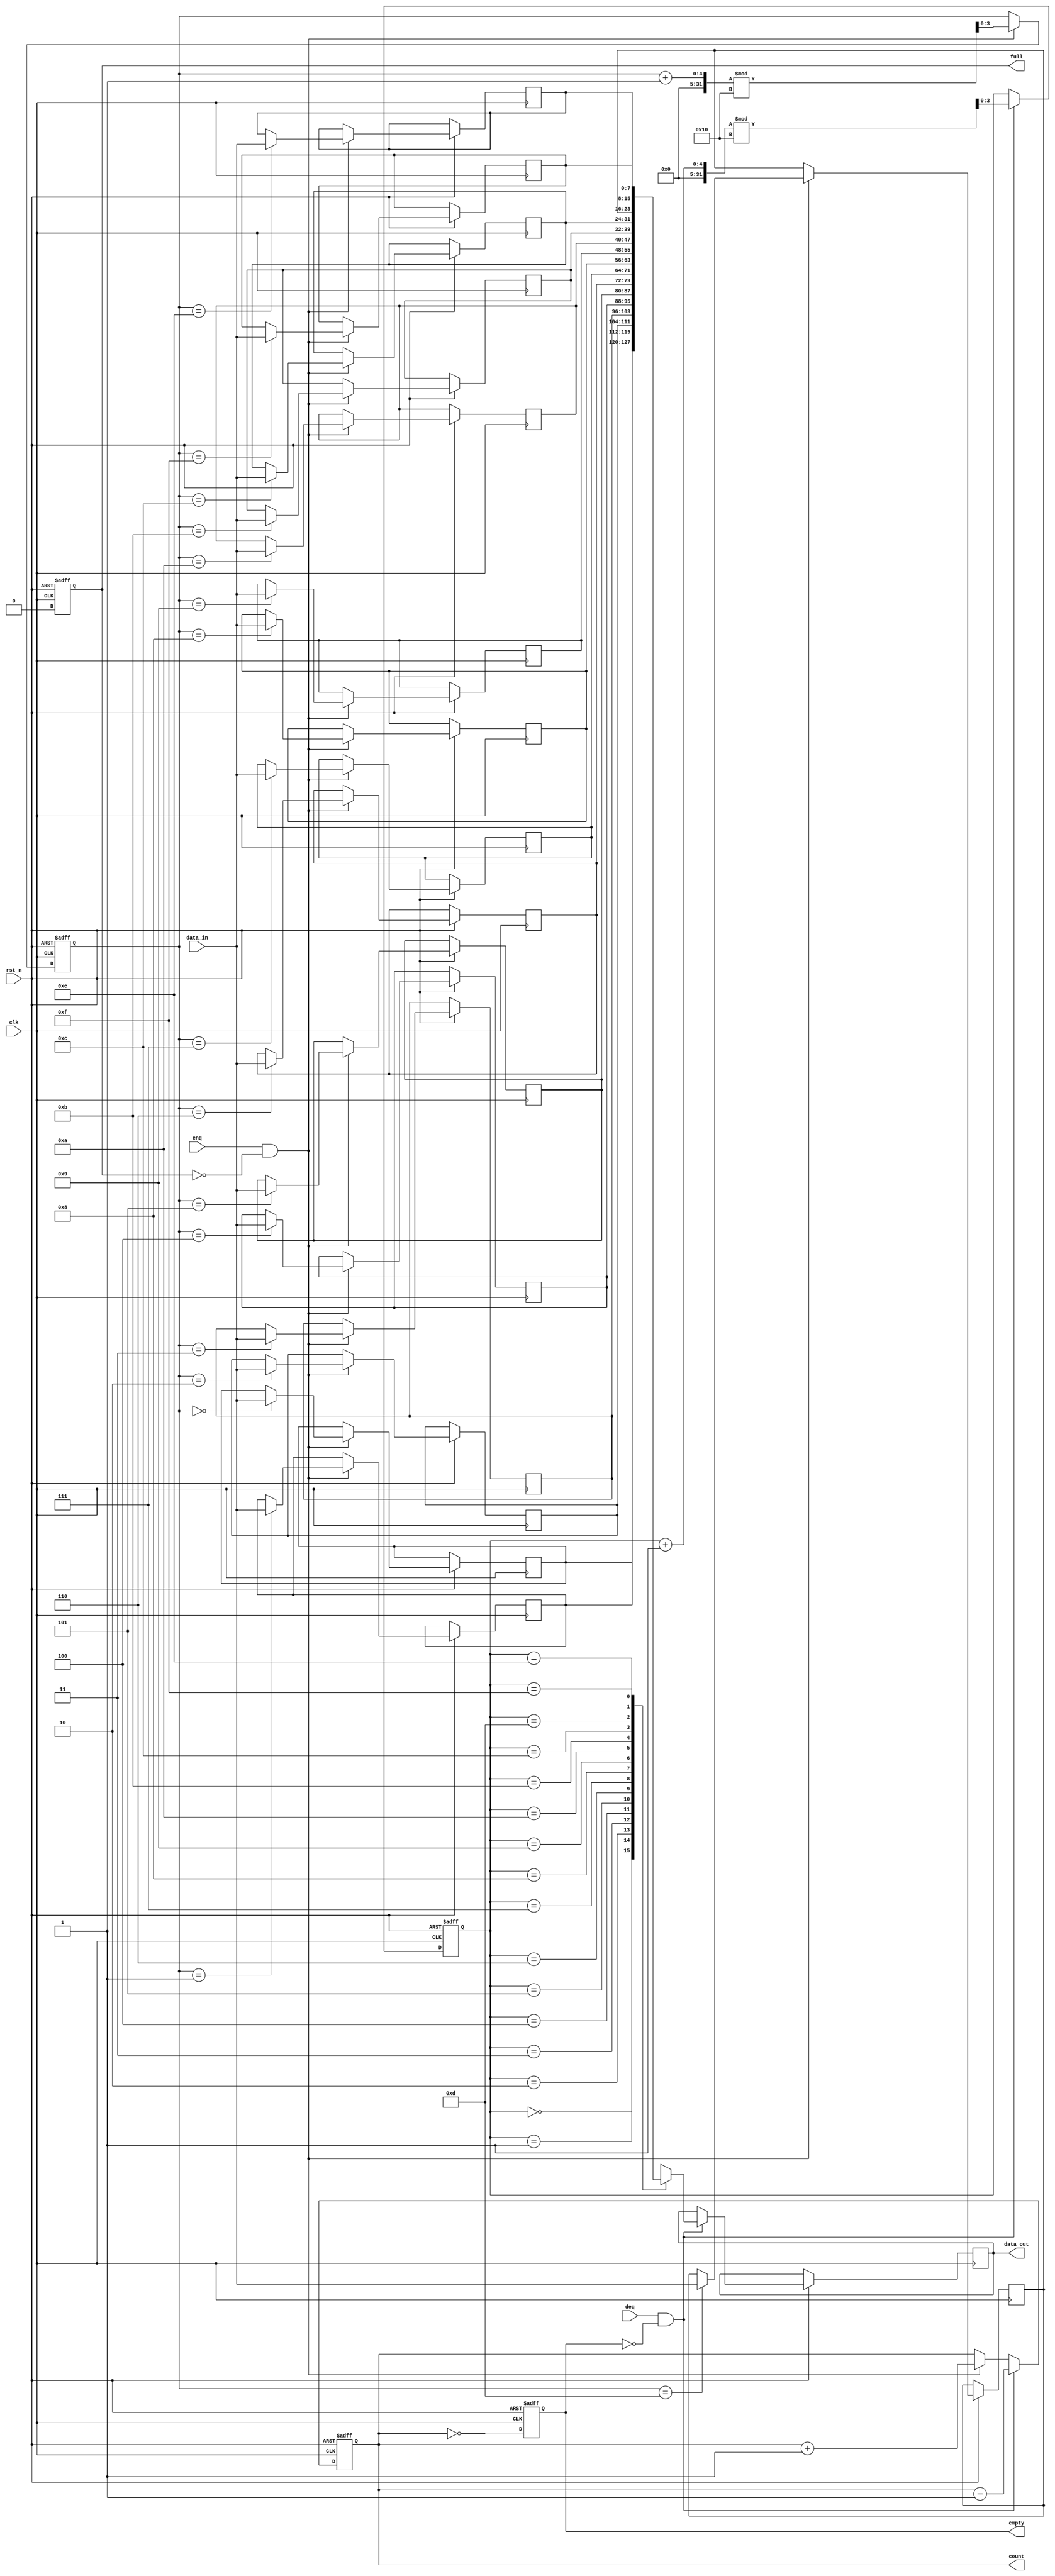
module parameterized_fifo #(
    parameter DATA_WIDTH = 8,      // Width of each data entry
    parameter FIFO_DEPTH = 16       // Total number of entries in the FIFO
) (
    input wire clk,                 // Clock signal
    input wire rst_n,               // Asynchronous reset (active low)
    input wire [DATA_WIDTH-1:0] data_in, // Data input for enqueue
    input wire enq,                 // Enqueue control signal
    input wire deq,                 // Dequeue control signal
    output reg [DATA_WIDTH-1:0] data_out, // Data output for dequeue
    output reg full,                // FIFO full indicator
    output reg empty,               // FIFO empty indicator
    output reg [ADDR_WIDTH-1:0] count // Current number of items in the FIFO
);

    localparam ADDR_WIDTH = $clog2(FIFO_DEPTH); // Address width calculation

    // Memory array to store FIFO data
    reg [DATA_WIDTH-1:0] fifo_mem [0:FIFO_DEPTH-1];

    // Pointers for read and write operations
    reg [ADDR_WIDTH-1:0] write_ptr;
    reg [ADDR_WIDTH-1:0] read_ptr;

    // Initialize the FIFO
    always @(posedge clk or negedge rst_n) begin
        if (!rst_n) begin
            write_ptr <= 0;
            read_ptr <= 0;
            count <= 0;
            full <= 0;
            empty <= 1;
        end else begin
            // Enqueue operation
            if (enq && !full) begin
                fifo_mem[write_ptr] <= data_in; // Store data in FIFO
                write_ptr <= (write_ptr + 1) % FIFO_DEPTH; // Wrap around
                count <= count + 1; // Increment count
            end

            // Dequeue operation
            if (deq && !empty) begin
                data_out <= fifo_mem[read_ptr]; // Read data from FIFO
                read_ptr <= (read_ptr + 1) % FIFO_DEPTH; // Wrap around
                count <= count - 1; // Decrement count
            end

            // Update full and empty flags
            full <= (count == FIFO_DEPTH);
            empty <= (count == 0);
        end
    end

endmodule